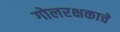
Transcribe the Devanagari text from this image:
गोलरक्षकाचे